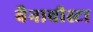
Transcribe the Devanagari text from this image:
बैनावीस्टा